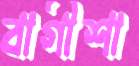
বাগীশা